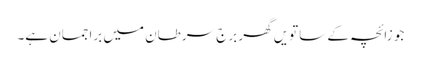
جو زائچہ کے ساتویں گھر برجِ سرطان میں براجمان ہے۔